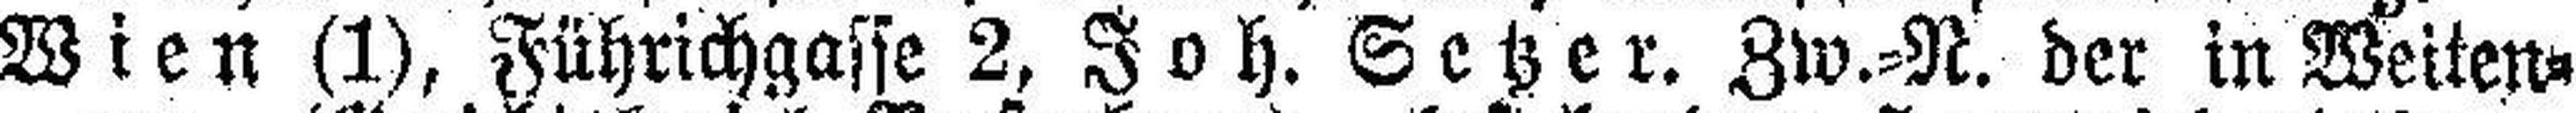
Wien (1), Führichgasse 2, Joh. Setzer. Zw.-N. der in Weiten¬